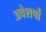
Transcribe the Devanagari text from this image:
अवेशषों